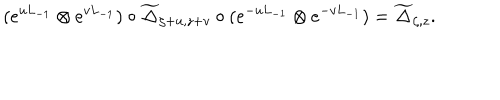
LaTeX: ( e ^ { u L _ { - 1 } } \otimes e ^ { v L _ { - 1 } } ) \circ { \widetilde \Delta } _ { \zeta + u , z + v } \circ ( e ^ { - u L _ { - 1 } } \otimes e ^ { - v L _ { - 1 } } ) = { \widetilde \Delta } _ { \zeta , z } .